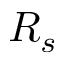
R _ { s }